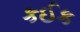
કઈક